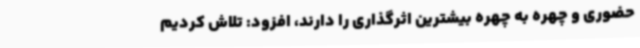
حضوری و چهره به چهره بیشترین اثرگذاری را دارند، افزود: تلاش کردیم